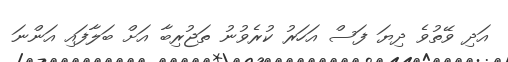
އަދި ވޭތުވެ ދިޔަ ފަސް އަހަރު ކުރެވުނު ތަޖުރިބާ އަށް ބަލާފައި އަންނަ